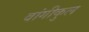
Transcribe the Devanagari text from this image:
वांगीकुल